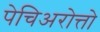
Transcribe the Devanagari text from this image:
पेचिअरोत्तो